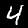
Label: 4